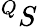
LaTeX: ^QS